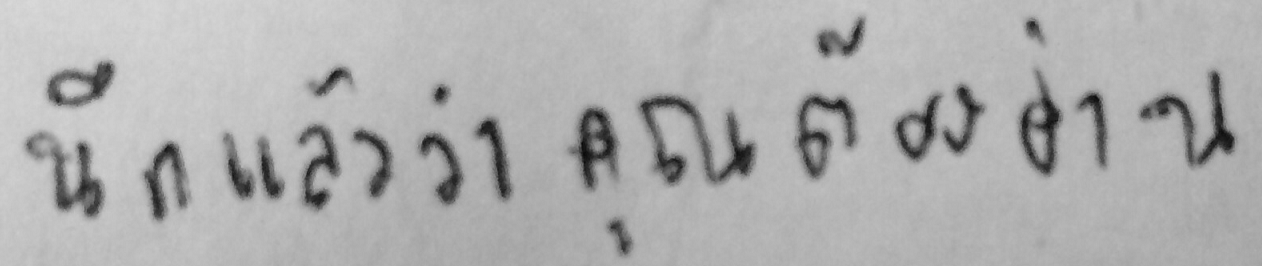
นึกแล้วว่า คุณต้องอ่าน